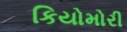
કિયોમોરી